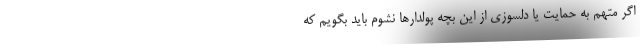
اگر متهم به حمایت یا دلسوزی از این بچه پولدارها نشوم باید بگویم که